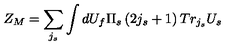
Z _ { M } = \sum _ { j _ { s } } \int d U _ { f } \Pi _ { s } \left( 2 j _ { s } + 1 \right) T r _ { j _ { s } } U _ { s }